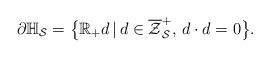
LaTeX: \begin{align*}\partial\mathbb{H}_\mathcal{S}=\big\{\mathbb{R}_+d\,\vert\, d\in\overline{\mathcal{Z}}_\mathcal{S}^+,\, d\cdot d=0\big\}.\end{align*}